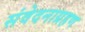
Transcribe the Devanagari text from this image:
संवेदनाग्रहण